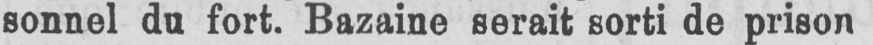
sonnel du fort. Bazaine serait sorti de prison